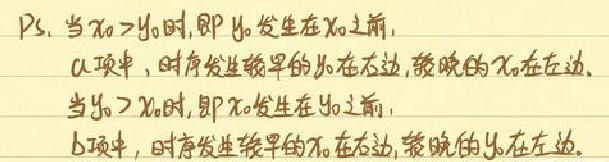
P.S. 当$x_{0}>y_{0}$时, 即$y_{0}$发生在$x_{0}$之前,
a项中, 时序发生较早的$y_{0}$在右边, 较晚的$x_{0}$在左边.
当$y_{0}>x_{0}$时, 即$x_{0}$发生在$y_{0}$之前,
b项中, 时序发生较早的$x_{0}$在右边, 较晚的$y_{0}$在左边.